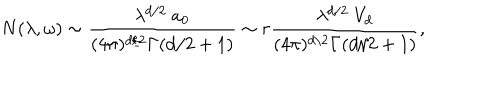
N ( \lambda , \omega ) \sim { \frac { \lambda ^ { d / 2 } ~ a _ { 0 } } { ( 4 \pi ) ^ { d / 2 } \Gamma ( d / 2 + 1 ) } } \sim r { \frac { \lambda ^ { d / 2 } ~ V _ { d } } { ( 4 \pi ) ^ { d / 2 } \Gamma ( d / 2 + 1 ) } } ,